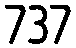
737